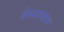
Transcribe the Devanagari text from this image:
वेस्थापान